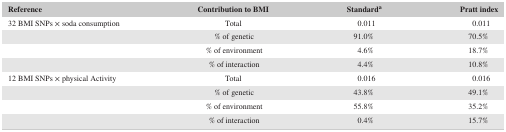
<table><thead><tr><td><b>Reference</b></td><td><b>Contribution to BMI</b></td><td><b>Standarda</b></td><td><b>Pratt index</b></td></tr></thead><tbody><tr><td>32 BMI SNPs × soda consumption</td><td>Total</td><td>0.011</td><td>0.011</td></tr><tr><td></td><td>% of genetic</td><td>91.0%</td><td>70.5%</td></tr><tr><td></td><td>% of environment</td><td>4.6%</td><td>18.7%</td></tr><tr><td></td><td>% of interaction</td><td>4.4%</td><td>10.8%</td></tr><tr><td>12 BMI SNPs × physical Activity</td><td>Total</td><td>0.016</td><td>0.016</td></tr><tr><td></td><td>% of genetic</td><td>43.8%</td><td>49.1%</td></tr><tr><td></td><td>% of environment</td><td>55.8%</td><td>35.2%</td></tr><tr><td></td><td>% of interaction</td><td>0.4%</td><td>15.7%</td></tr></tbody></table>